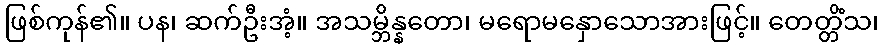
ဖြစ်ကုန်၏။ ပန၊ ဆက်ဦးအံ့။ အသမ္ဘိန္နတော၊ မရောမနှောသောအားဖြင့်။ တေတ္တိံသ၊